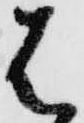
は